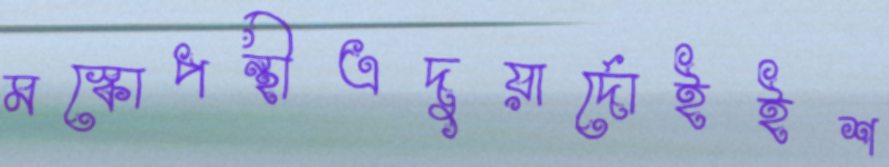
মস্কোপন্থীএদুয়ার্দোইইশ